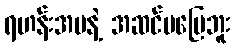
ရဟန်းအမနဲ့ အဆင်မပြေဘူး